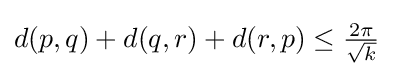
{\textstyle d(p,q)+d(q,r)+d(r,p)\leq {\frac {2\pi }{\sqrt {k}}}}